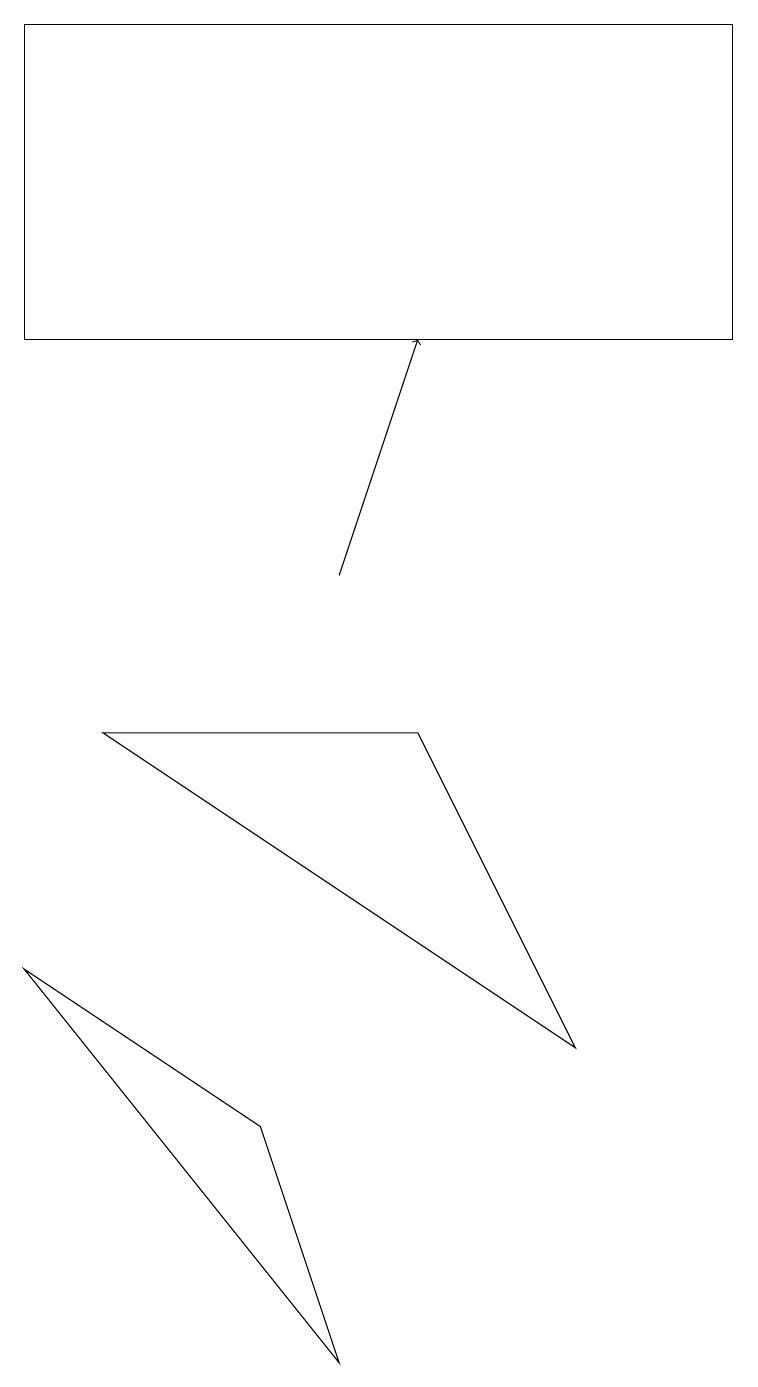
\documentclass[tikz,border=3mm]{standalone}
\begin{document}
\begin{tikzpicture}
\draw (5,9) -- (7,5) -- (1,9) -- cycle;
\draw (3,4) -- (0,6) -- (4,1) -- cycle;
\draw[->] (4,11) -- (5,14);
\draw (0,18) rectangle (9,14);
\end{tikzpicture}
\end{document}